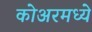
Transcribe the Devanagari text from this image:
कोअरमध्ये